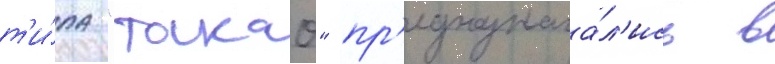
т'и́па "такао" пр'едназнача́л'ись в